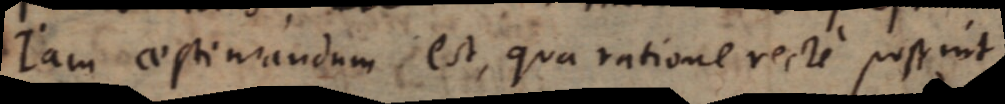
Jam aestimandum est, qua ratione recte possint